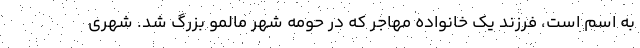
به اسم است، فرزند یک خانواده مهاجر که در حومه شهر مالمو بزرگ شد. شهری